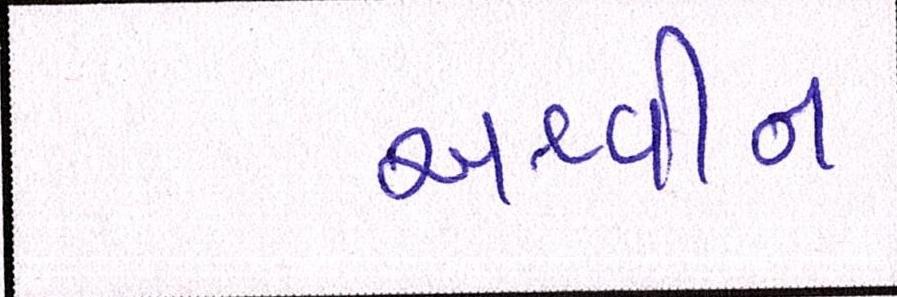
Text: અશ્વીન